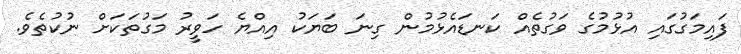
ފައިމަގުގައި އުޅުމުގެ ވަގުތެއް ކަނޑައެޅުމުން ގިނަ ބަޔަކު އިއްޔެ ހަވީރު މަގުތަކަށް ނުކުތެވެ.